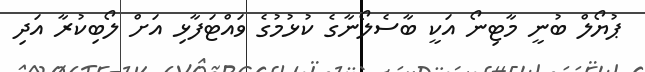
ޕުޔޯލް ބުނީ މާޓިނޯ އަކީ ބާސެލޯނާގެ ކުޅުމުގެ ވައްޓަފާޅި އަށް ލޯބިކުރާ އަދި